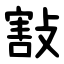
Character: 㪡